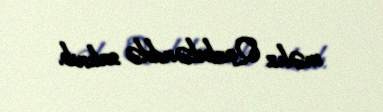
məhz Qozlukənddə salınıb.